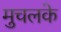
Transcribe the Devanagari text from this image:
मुचलके